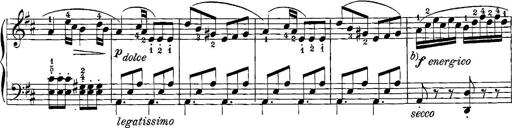
Title: 12 Sonatinas
Composer: Ignaz Pleyel